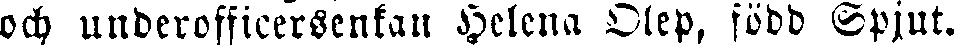
och underofficersenkan Helena Olep, född Spjut.